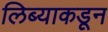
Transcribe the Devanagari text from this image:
लिब्याकडून